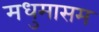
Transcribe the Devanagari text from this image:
मधुमासम